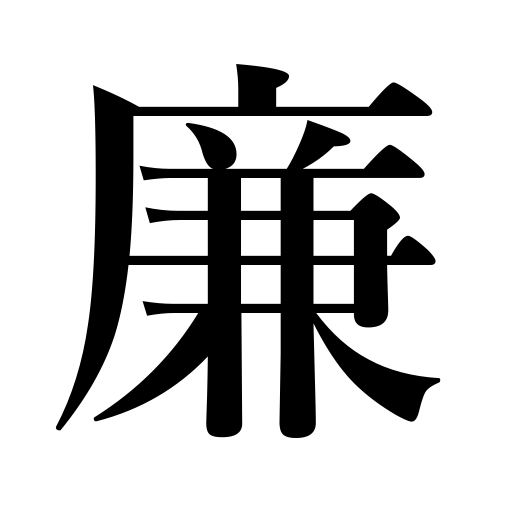
Meanings: low price,corner,purity,honesty